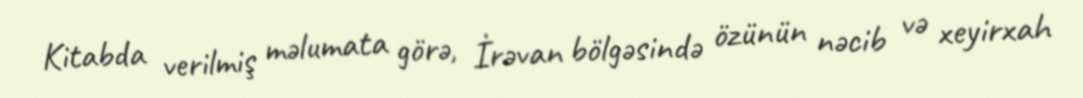
Kitabda verilmiş məlumata görə, İrəvan bölgəsində özünün nəcib və xeyirxah